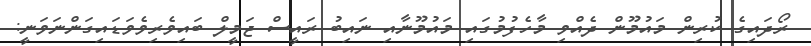
ރޯދައިގެ ކުރިން މައުމޫން ދެއްވި މާހެފުމުގައި މައުމޫނާއި ނައިބު ރައީސް ޖަމީލް ބައިވެރިވެވަޑައިގަންނަވަނީ: